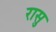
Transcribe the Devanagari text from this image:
रासु